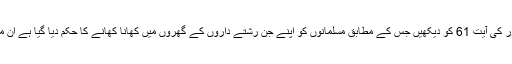
قرآن کریم کی سورۃ النور کی آیت 61 کو دیکھیں جس کے مطابق مسلمانوں کو اپنے جن رشتے داروں کے گھروں میں کھانا کھانے کا حکم دیا گیا ہے ان میں بھائی بھی شامل ہے۔